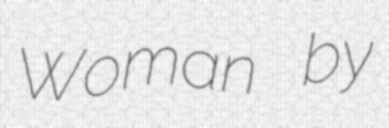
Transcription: Woman by